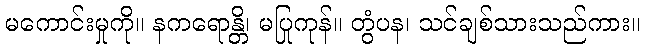
မကောင်းမှုကို။ နကရောန္တိ၊ မပြုကုန်။ တွံပန၊ သင်ချစ်သားသည်ကား။